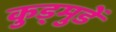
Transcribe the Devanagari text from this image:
कुड्मुडें